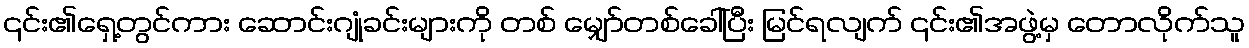
၎င်း၏ရှေ့တွင်ကား ဆောင်းဂျုံခင်းများကို တစ် မျှော်တစ်ခေါ်ပြီး မြင်ရလျက် ၎င်း၏အဖွဲ့မှ တောလိုက်သူ